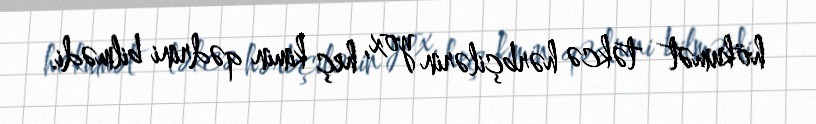
hökumət təkcə hərbçilərin yox, heç kimin qədrini bilmədi.